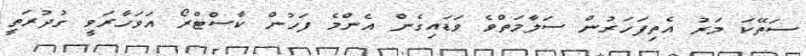
ސަތޭކަ މަރު އެތިފަހަރުން ސަލާމަތްވެ ވަޑައިގެން އެންމެ ފަހުން ކާސްޓްރޯ އަވަހާރަވީ ގުދުރަތީ